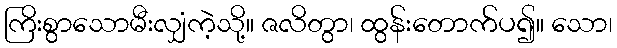
ကြိးစွာသောမီးလျှံကဲ့သို့။ ဇလိတွာ၊ ထွန်းတောက်ပ၍။ သော၊